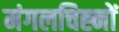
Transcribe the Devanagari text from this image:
मंगलचिह्नों